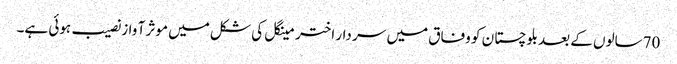
70سالوں کے بعد بلوچستا ن کو وفاق میں سر دار اختر مینگل کی شکل میں موثر آ واز نصیب ہوئی ہے۔